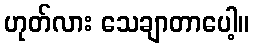
ဟုတ်လား သေချာတာပေါ့။